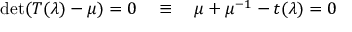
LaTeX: \operatorname * { d e t } ( T ( \lambda ) - \mu ) = 0 \quad \equiv \quad \mu + \mu ^ { - 1 } - t ( \lambda ) = 0